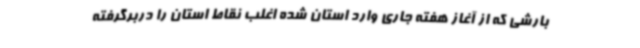
بارشی که از آغاز هفته جاری وارد استان شده اغلب نقاط استان را دربرگرفته